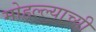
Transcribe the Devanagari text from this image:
मोहल्ल्याच्यी